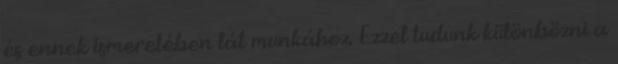
és ennek ismeretében lát munkához. Ezzel tudunk különbözni a